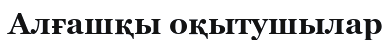
Алғашқы оқытушылар